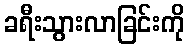
ခရီးသွားလာခြင်းကို